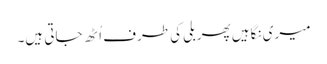
میری نگاہیں پھر بلی کی طرف اُٹھ جاتی ہیں۔